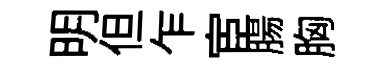
明但乍宦腸胸